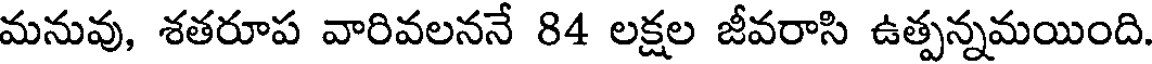
మనువు, శతరూప వారివలననే 84 లక్షల జీవరాసి ఉత్పన్నమయింది.